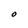
Character: O